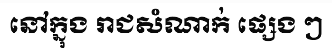
នៅក្នុង រាជសំណាក់ ផ្សេង ៗ